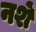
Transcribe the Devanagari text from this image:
नशें